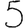
Digit: 5